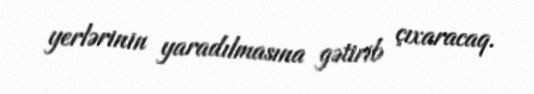
yerlərinin yaradılmasına gətirib çıxaracaq.